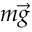
m \overrightarrow g